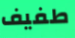
طفيف